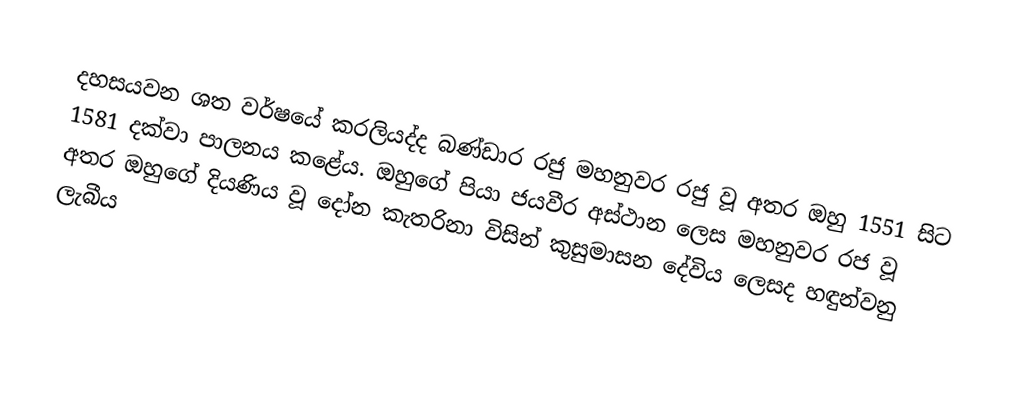
දහසයවන ශත වර්ෂයේ කරලියද්ද බණ්ඩාර රජු මහනුවර රජු වූ අතර ඔහු 1551 සිට 1581 දක්වා පාලනය කළේය. ඔහුගේ පියා ජයවීර අස්ථාන ලෙස මහනුවර රජ වූ අතර ඔහුගේ දියණිය වූ දෝන කැතරිනා විසින් කුසුමාසන දේවිය ලෙසද හඳුන්වනු ලැබීය